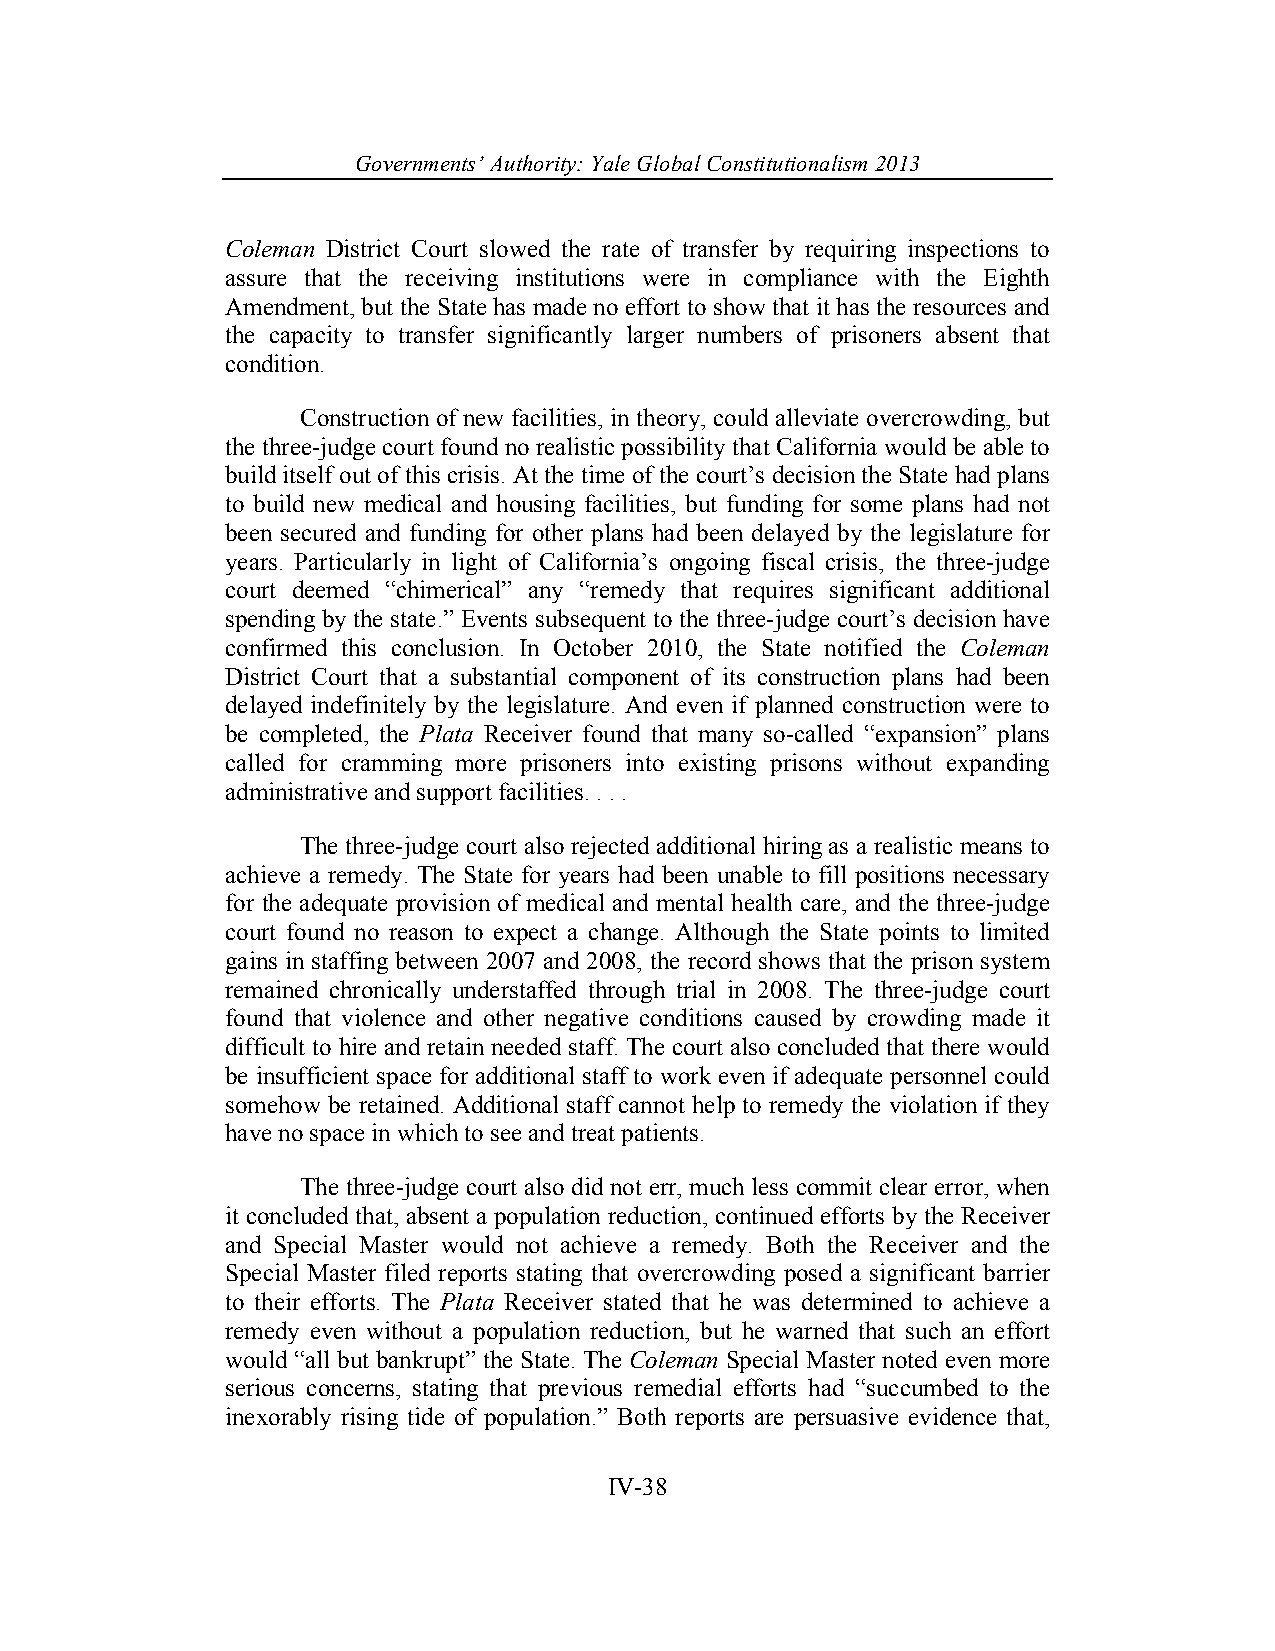
Governments’ Authority: Yale Global Constitutionalism 2013
 Coleman District Court slowed the rate of transfer by requiring inspections to
 assure that the receiving institutions were in compliance with the Eighth
 Amendment, but the State has made no effort to show that it has the resources and
 the capacity to transfer significantly larger numbers of prisoners absent that
 condition.
 Construction of new facilities, in theory, could alleviate overcrowding, but
 the three-judge court found no realistic possibility that California would be able to
 build itself out of this crisis. At the time of the court’s decision the State had plans
 to build new medical and housing facilities, but funding for some plans had not
 been secured and funding for other plans had been delayed by the legislature for
 years. Particularly in light of California’s ongoing fiscal crisis, the three-judge
 court deemed “chimerical” any “remedy that requires significant additional
 spending by the state.” Events subsequent to the three-judge court’s decision have
 confirmed this conclusion. In October 2010, the State notified the Coleman
 District Court that a substantial component of its construction plans had been
 delayed indefinitely by the legislature. And even if planned construction were to
 be completed, the Plata Receiver found that many so-called “expansion” plans
 called for cramming more prisoners into existing prisons without expanding
 administrative and support facilities. . . .
 The three-judge court also rejected additional hiring as a realistic means to
 achieve a remedy. The State for years had been unable to fill positions necessary
 for the adequate provision of medical and mental health care, and the three-judge
 court found no reason to expect a change. Although the State points to limited
 gains in staffing between 2007 and 2008, the record shows that the prison system
 remained chronically understaffed through trial in 2008. The three-judge court
 found that violence and other negative conditions caused by crowding made it
 difficult to hire and retain needed staff. The court also concluded that there would
 be insufficient space for additional staff to work even if adequate personnel could
 somehow be retained. Additional staff cannot help to remedy the violation if they
 have no space in which to see and treat patients.
 The three-judge court also did not err, much less commit clear error, when
 it concluded that, absent a population reduction, continued efforts by the Receiver
 and Special Master would not achieve a remedy. Both the Receiver and the
 Special Master filed reports stating that overcrowding posed a significant barrier
 to their efforts. The Plata Receiver stated that he was determined to achieve a
 remedy even without a population reduction, but he warned that such an effort
 would “all but bankrupt” the State. The Coleman Special Master noted even more
 serious concerns, stating that previous remedial efforts had “succumbed to the
 inexorably rising tide of population.” Both reports are persuasive evidence that,
 IV-38